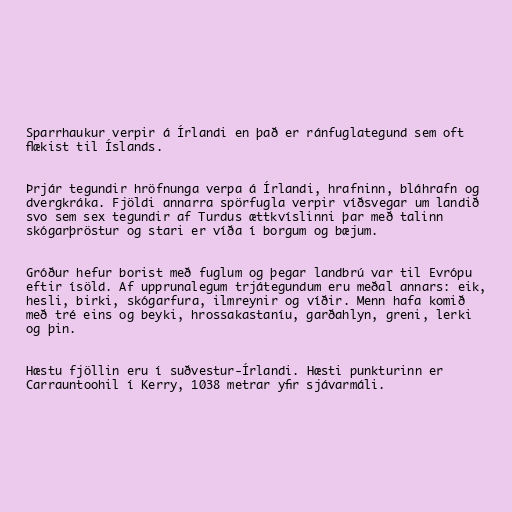
Sparrhaukur verpir á Írlandi en það er ránfuglategund sem oft
flækist til Íslands.

Þrjár tegundir hröfnunga verpa á Írlandi, hrafninn, bláhrafn og
dvergkráka. Fjöldi annarra spörfugla verpir víðsvegar um landið
svo sem sex tegundir af Turdus ættkvíslinni þar með talinn
skógarþröstur og stari er víða í borgum og bæjum.

Gróður hefur borist með fuglum og þegar landbrú var til Evrópu
eftir ísöld. Af upprunalegum trjátegundum eru meðal annars: eik,
hesli, birki, skógarfura, ilmreynir og víðir. Menn hafa komið
með tré eins og beyki, hrossakastaníu, garðahlyn, greni, lerki
og þin.

Hæstu fjöllin eru í suðvestur-Írlandi. Hæsti punkturinn er
Carrauntoohil í Kerry, 1038 metrar yfir sjávarmáli.